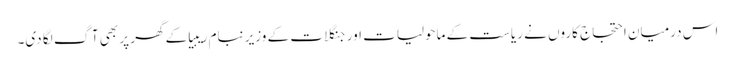
اس درمیان احتجاج کاروں نے ریاست کے ماحولیات اور جنگلات کے وزیر نبام ریبیا کے گھر پر بھی آگ لگا دی۔